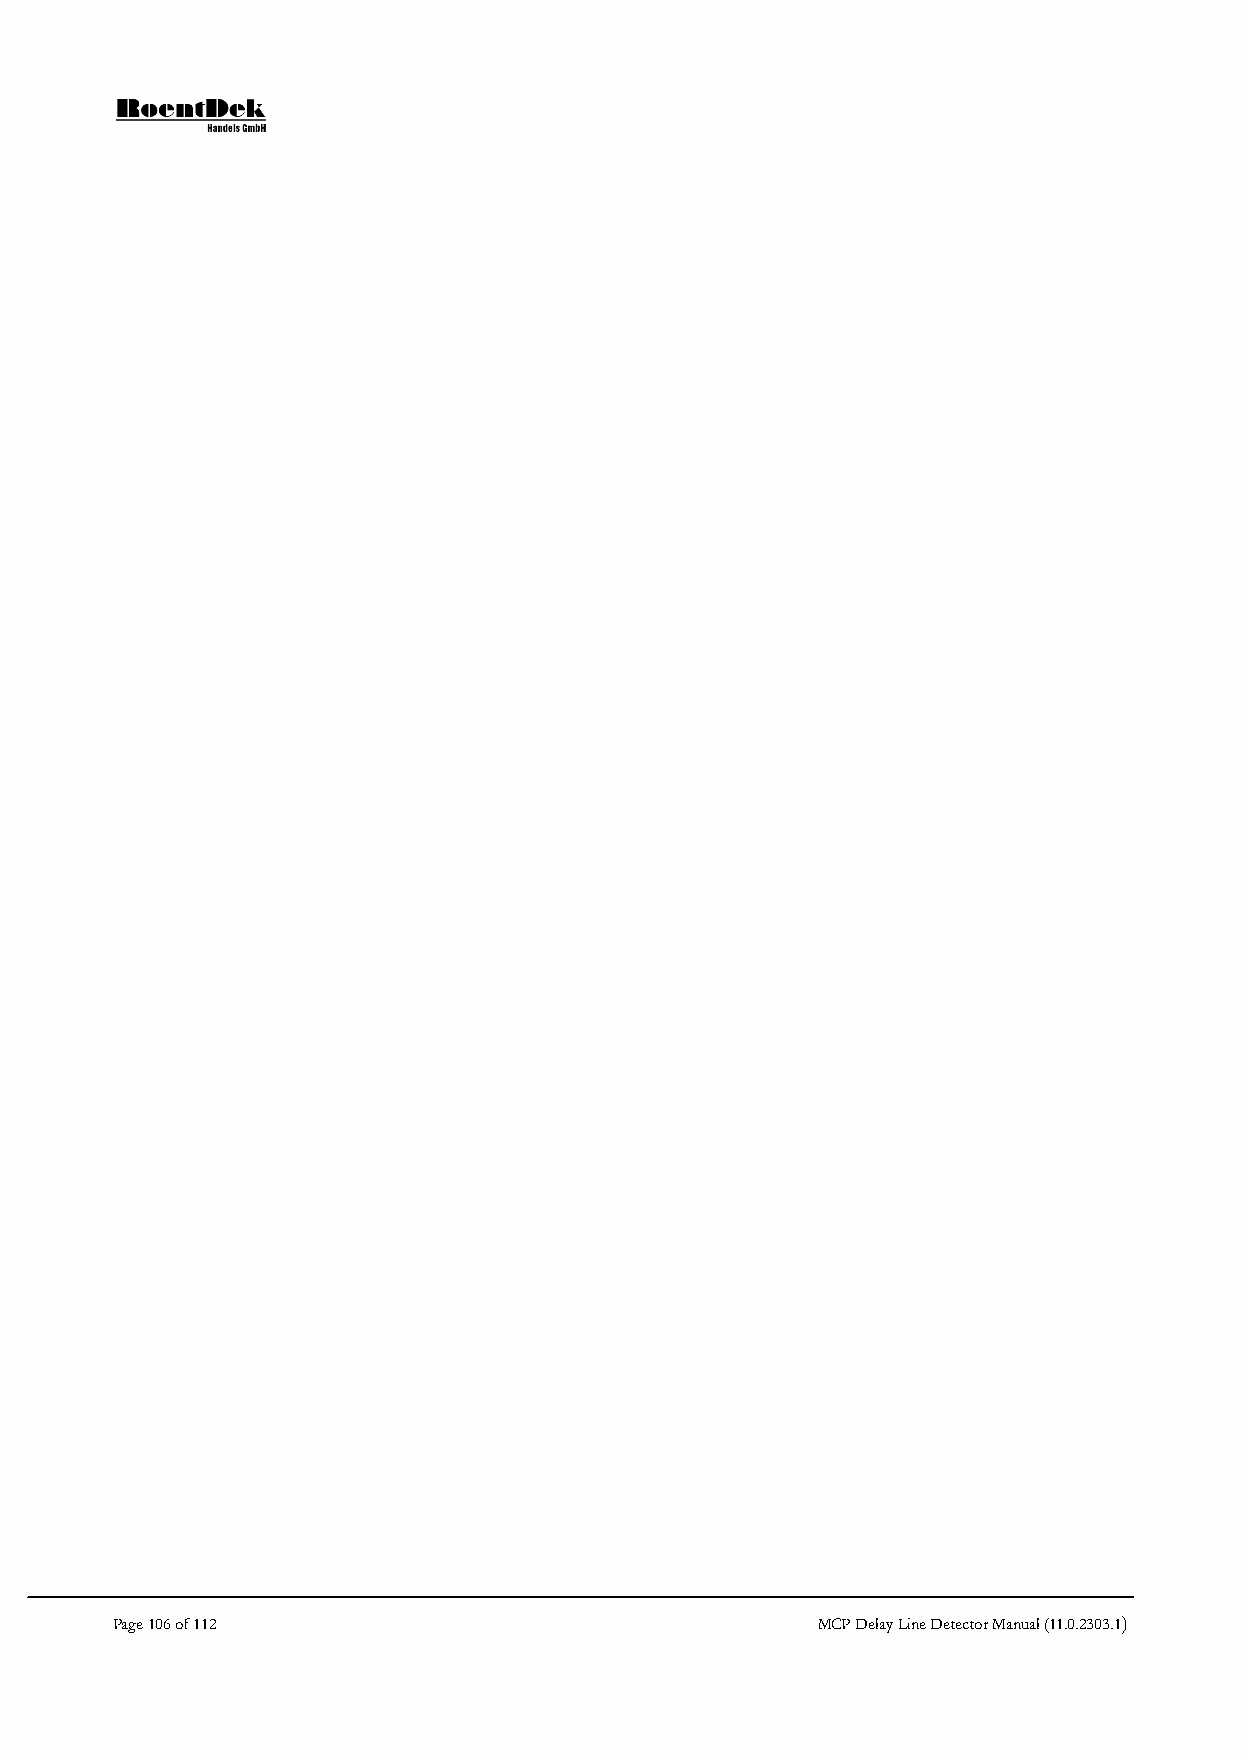
Page 106 of 112                                MCP Delay Line Detector Manual (11.0.2303.1)